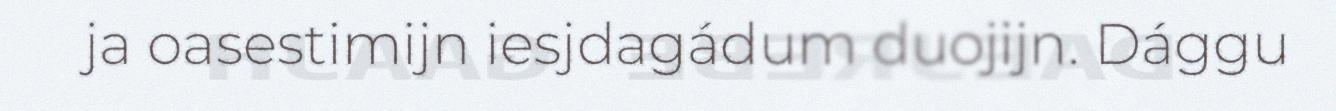
ja oasestimijn iesjdagádum duojijn. Dággu